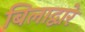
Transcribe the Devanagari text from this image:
बिलाद्वारे